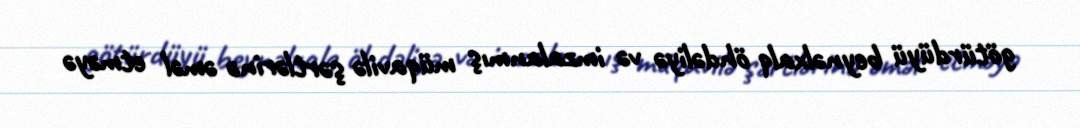
götürdüyü beynəlxalq öhdəliyə və imzalanmış müqavilə şərtlərinə əməl etməyə